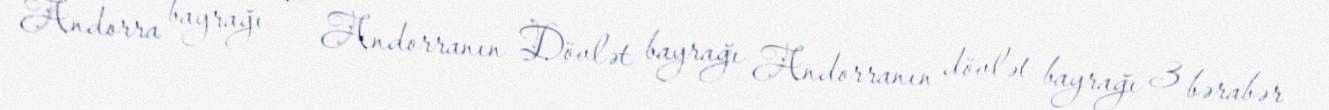
Andorra bayrağı — Andorranın Dövlət bayrağı Andorranın dövlət bayrağı 3 bərabər